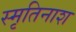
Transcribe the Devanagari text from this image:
स्मृतिनाश